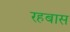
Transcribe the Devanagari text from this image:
रहबास